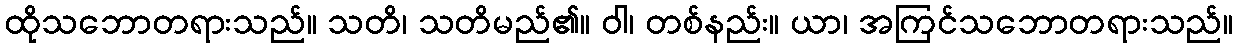
ထိုသဘောတရားသည်။ သတိ၊ သတိမည်၏။ ဝါ၊ တစ်နည်း။ ယာ၊ အကြင်သဘောတရားသည်။